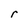
Character: r